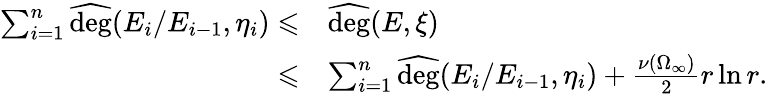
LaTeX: \begin{array}{rl}{\sum_{i=1}^{n}\widehat{\mathrm{deg}}(E_{i}/E_{i-1},\eta_{i})\leqslant}&{\widehat{\mathrm{deg}}(E,\xi)}\\ {\leqslant}&{\sum_{i=1}^{n}\widehat{\mathrm{deg}}(E_{i}/E_{i-1},\eta_{i})+\frac{\nu(\Omega_{\infty})}{2}r\ln r.}\end{array}